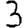
Digit: 3